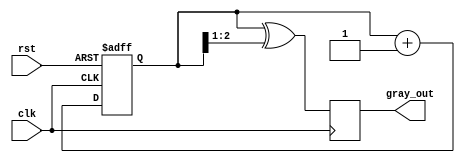
module gray_code_counter #(parameter N = 3) (
    input wire clk,          // Clock signal
    input wire rst,          // Asynchronous reset
    output reg [N-1:0] gray_out // Gray code output
);

    reg [N-1:0] binary_count; // Binary counter

    // Binary to Gray code conversion
    function [N-1:0] binary_to_gray;
        input [N-1:0] binary;
        begin
            binary_to_gray = binary ^ (binary >> 1);
        end
    endfunction

    // Always block for counter operation
    always @(posedge clk or posedge rst) begin
        if (rst) begin
            binary_count <= 0; // Reset binary count to 0
        end else begin
            // Increment the binary counter
            binary_count <= binary_count + 1; 
        end
    end

    // Update gray_out on each clock edge
    always @(posedge clk) begin
        gray_out <= binary_to_gray(binary_count);
    end

endmodule